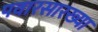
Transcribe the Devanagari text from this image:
पवारसारख्या